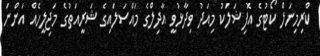
ކްރިމިނަލް ކޯޓުގެ އޮފިޝަލަކު މިއަދު ވިދާޅުވީ އާދިލްގެ މައްސަލައިގެ ޝަރީއަތުގެ މަޖިލީހެއް އަންނަ